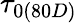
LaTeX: \tau_{0(80D)}